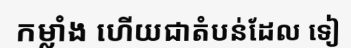
កម្លាំង ហើយជាតំបន់ដែល ទៀ